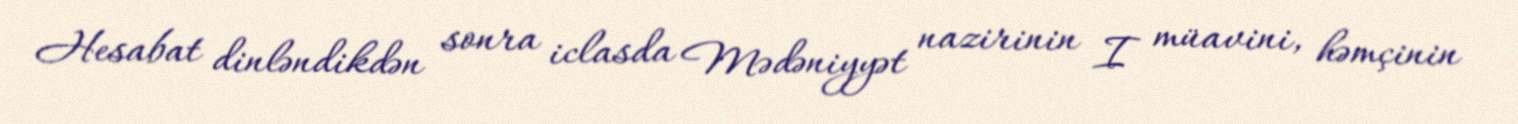
Hesabat dinləndikdən sonra iclasda Mədəniyyət nazirinin I müavini, həmçinin